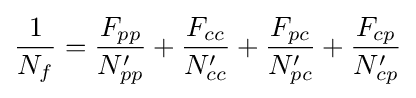
{\frac {1}{N_{f}}}={\frac {F_{pp}}{N'_{pp}}}+{\frac {F_{cc}}{N'_{cc}}}+{\frac {F_{pc}}{N'_{pc}}}+{\frac {F_{cp}}{N'_{cp}}}